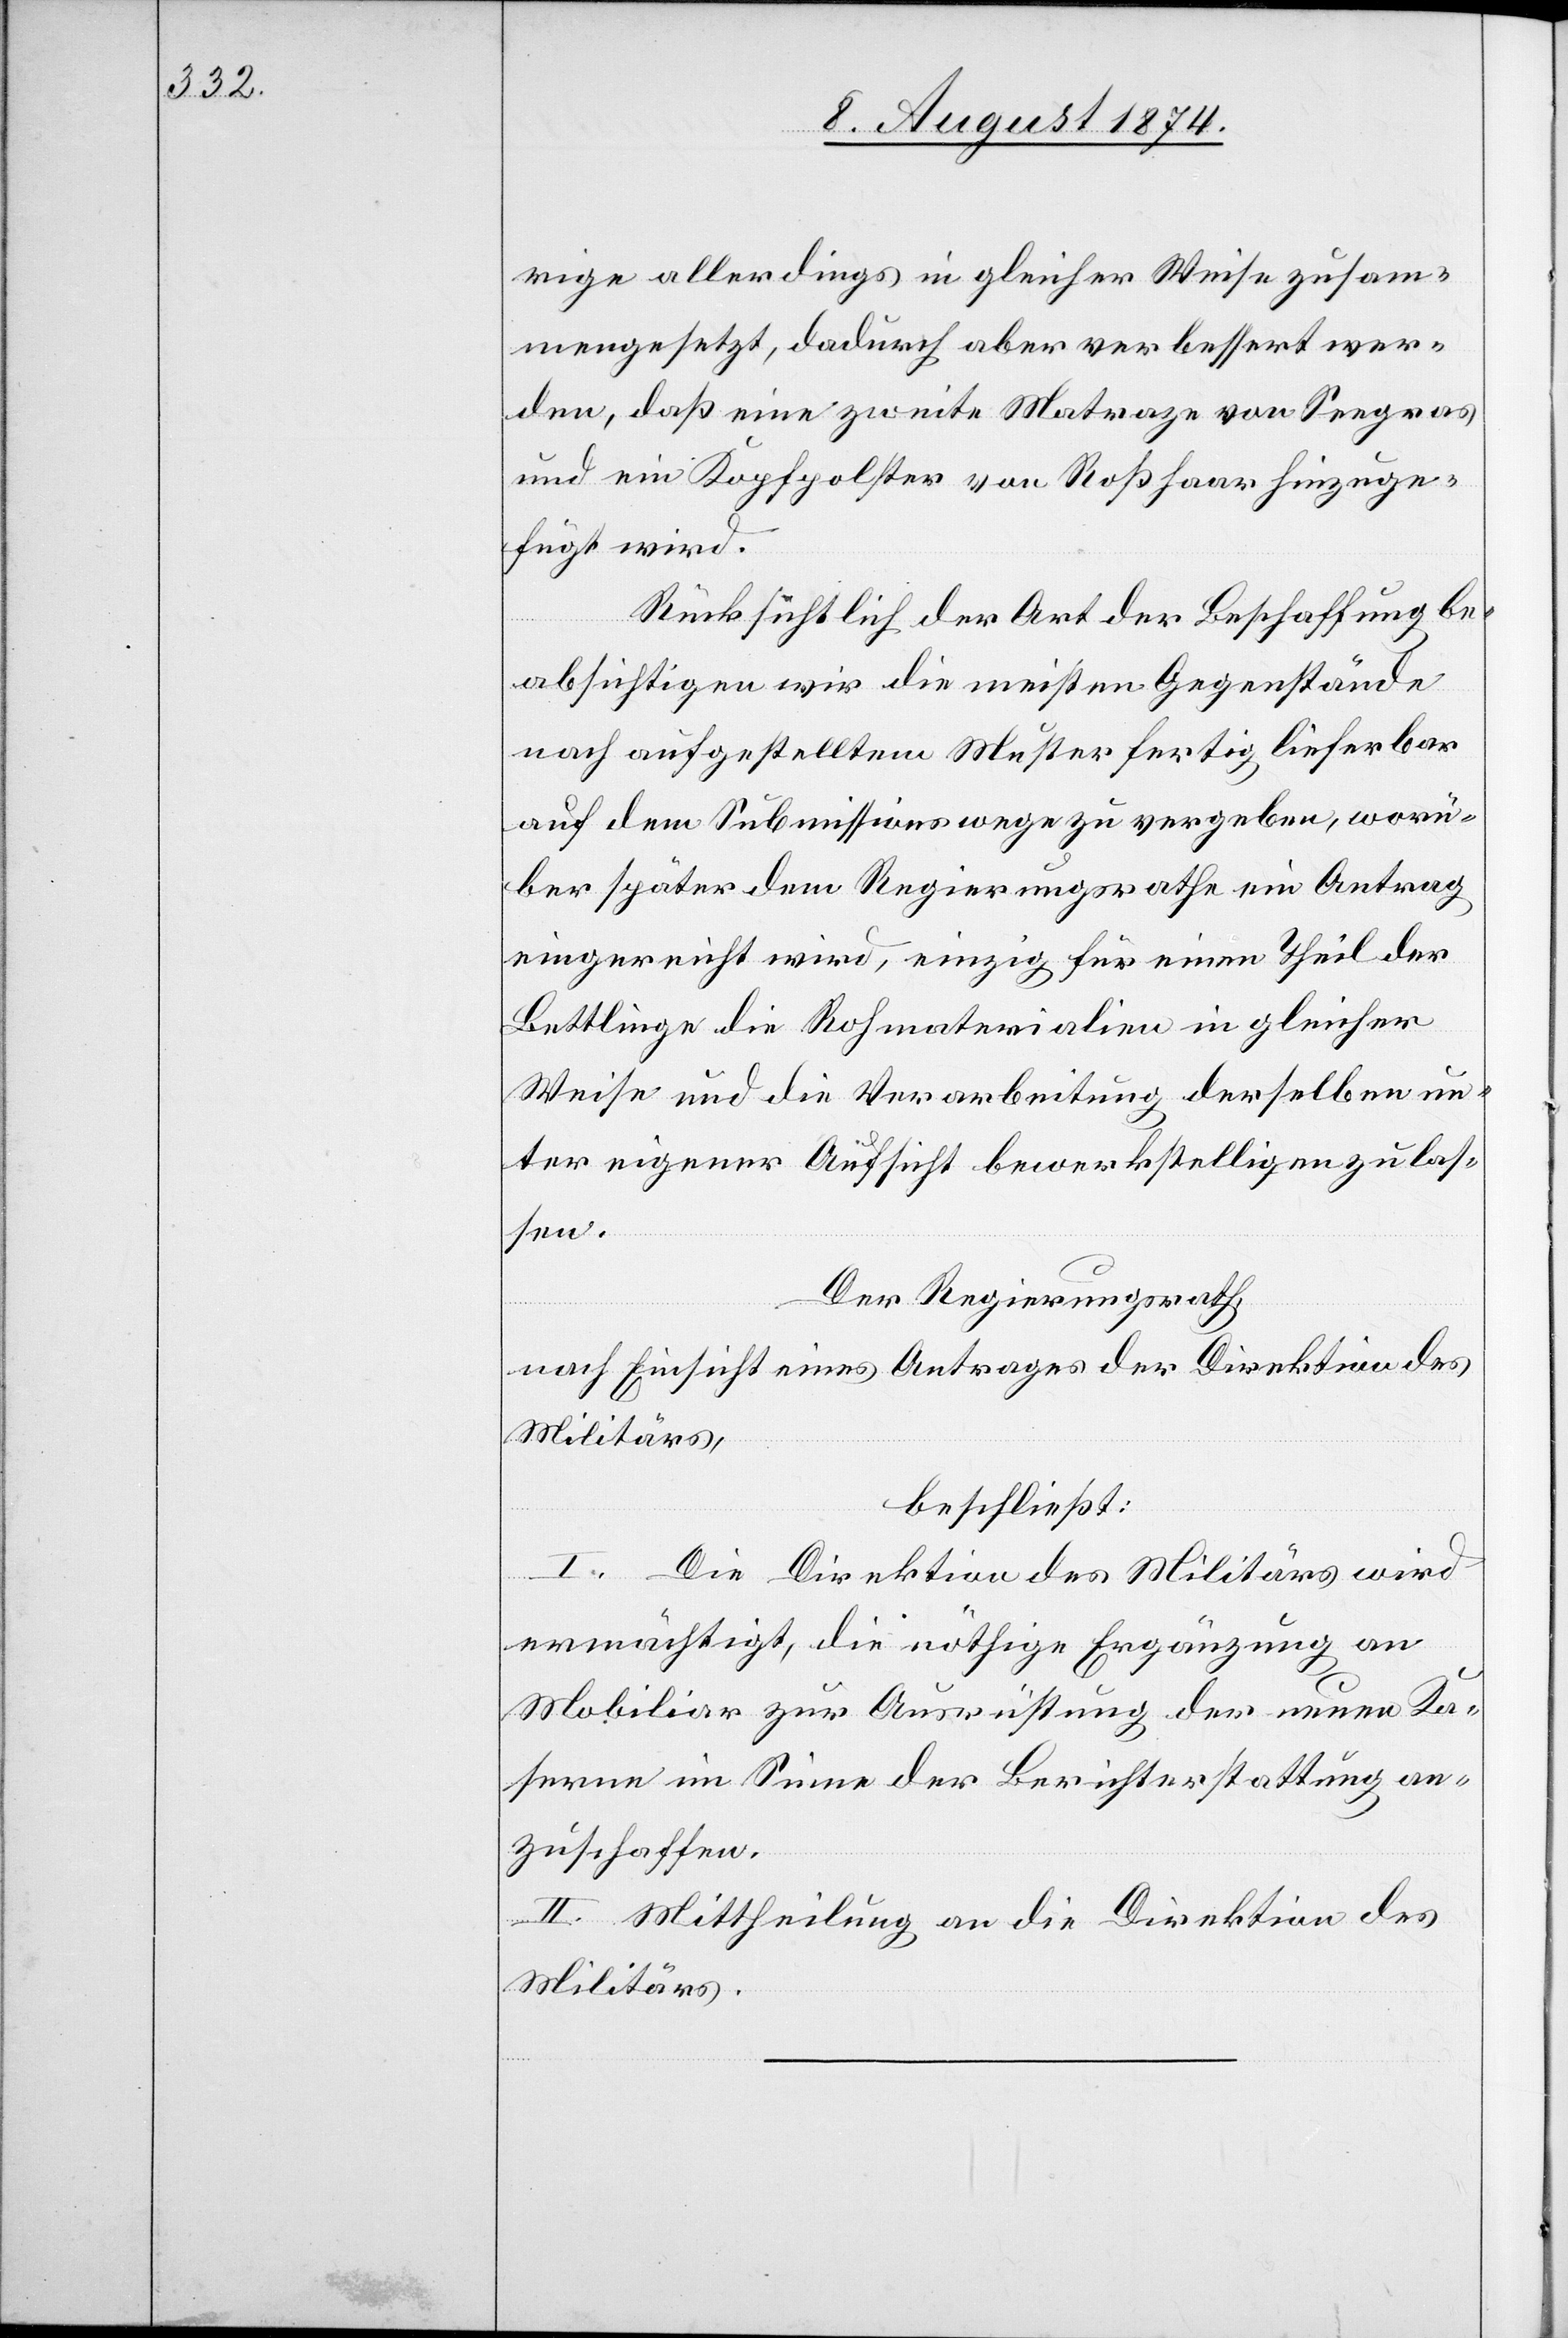
rige allerdings in gleicher Weise zusam¬
mengesetzt, dadurch aber verbessert wer¬
den, daß eine zweite Matraze von Seegras
und ein Kopfpolster von Roßhaar hinzuge¬
fügt wird.
Rücksichtlich der Art der Beschaffung be¬
absichtigen wir die meisten Gegenstände
nach aufgestelltem Muster fertig lieferbar
auf dem Submissionswege zu vergeben, worü¬
ber später dem Regierungsrathe ein Antrag
eingereicht wird, einzig für einen Theil der
Bettliegen die Rohmaterialien in gleicher
Weise und die Verarbeitung derselben un¬
ter eigener Aufsicht bewerkstelligen zu las¬
sen.
Der Regierungsrath,
nach Einsicht eines Antrages der Direktion des
Militärs,
beschließt:
I. Die Direktion des Militärs wird
ermächtigt, die nöthige Ergänzung an
Mobiliar zur Ausrüstung der neuen Ka¬
sernen im Sinne der Berichterstattung an¬
zuschaffen.
II. Mittheilung an die Direktion des
Militärs.